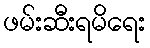
ဖမ်းဆီးရမိရေး